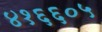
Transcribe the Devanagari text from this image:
४१६६०५